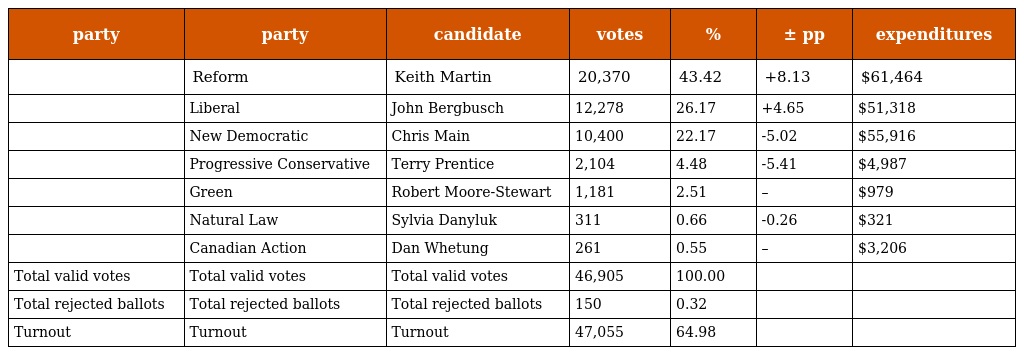
| party | party | candidate | votes | % | ± pp | expenditures |
 | --- | --- | --- | --- | --- | --- | --- |
 |  | Reform | Keith Martin | 20,370 | 43.42 | +8.13 | $61,464 |
 |  | Liberal | John Bergbusch | 12,278 | 26.17 | +4.65 | $51,318 |
 |  | New Democratic | Chris Main | 10,400 | 22.17 | -5.02 | $55,916 |
 |  | Progressive Conservative | Terry Prentice | 2,104 | 4.48 | -5.41 | $4,987 |
 |  | Green | Robert Moore-Stewart | 1,181 | 2.51 | – | $979 |
 |  | Natural Law | Sylvia Danyluk | 311 | 0.66 | -0.26 | $321 |
 |  | Canadian Action | Dan Whetung | 261 | 0.55 | – | $3,206 |
 | Total valid votes | Total valid votes | Total valid votes | 46,905 | 100.00 |  |  |
 | Total rejected ballots | Total rejected ballots | Total rejected ballots | 150 | 0.32 |  |  |
 | Turnout | Turnout | Turnout | 47,055 | 64.98 |  |  |